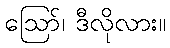
ဪ၊ ဒီလိုလား။